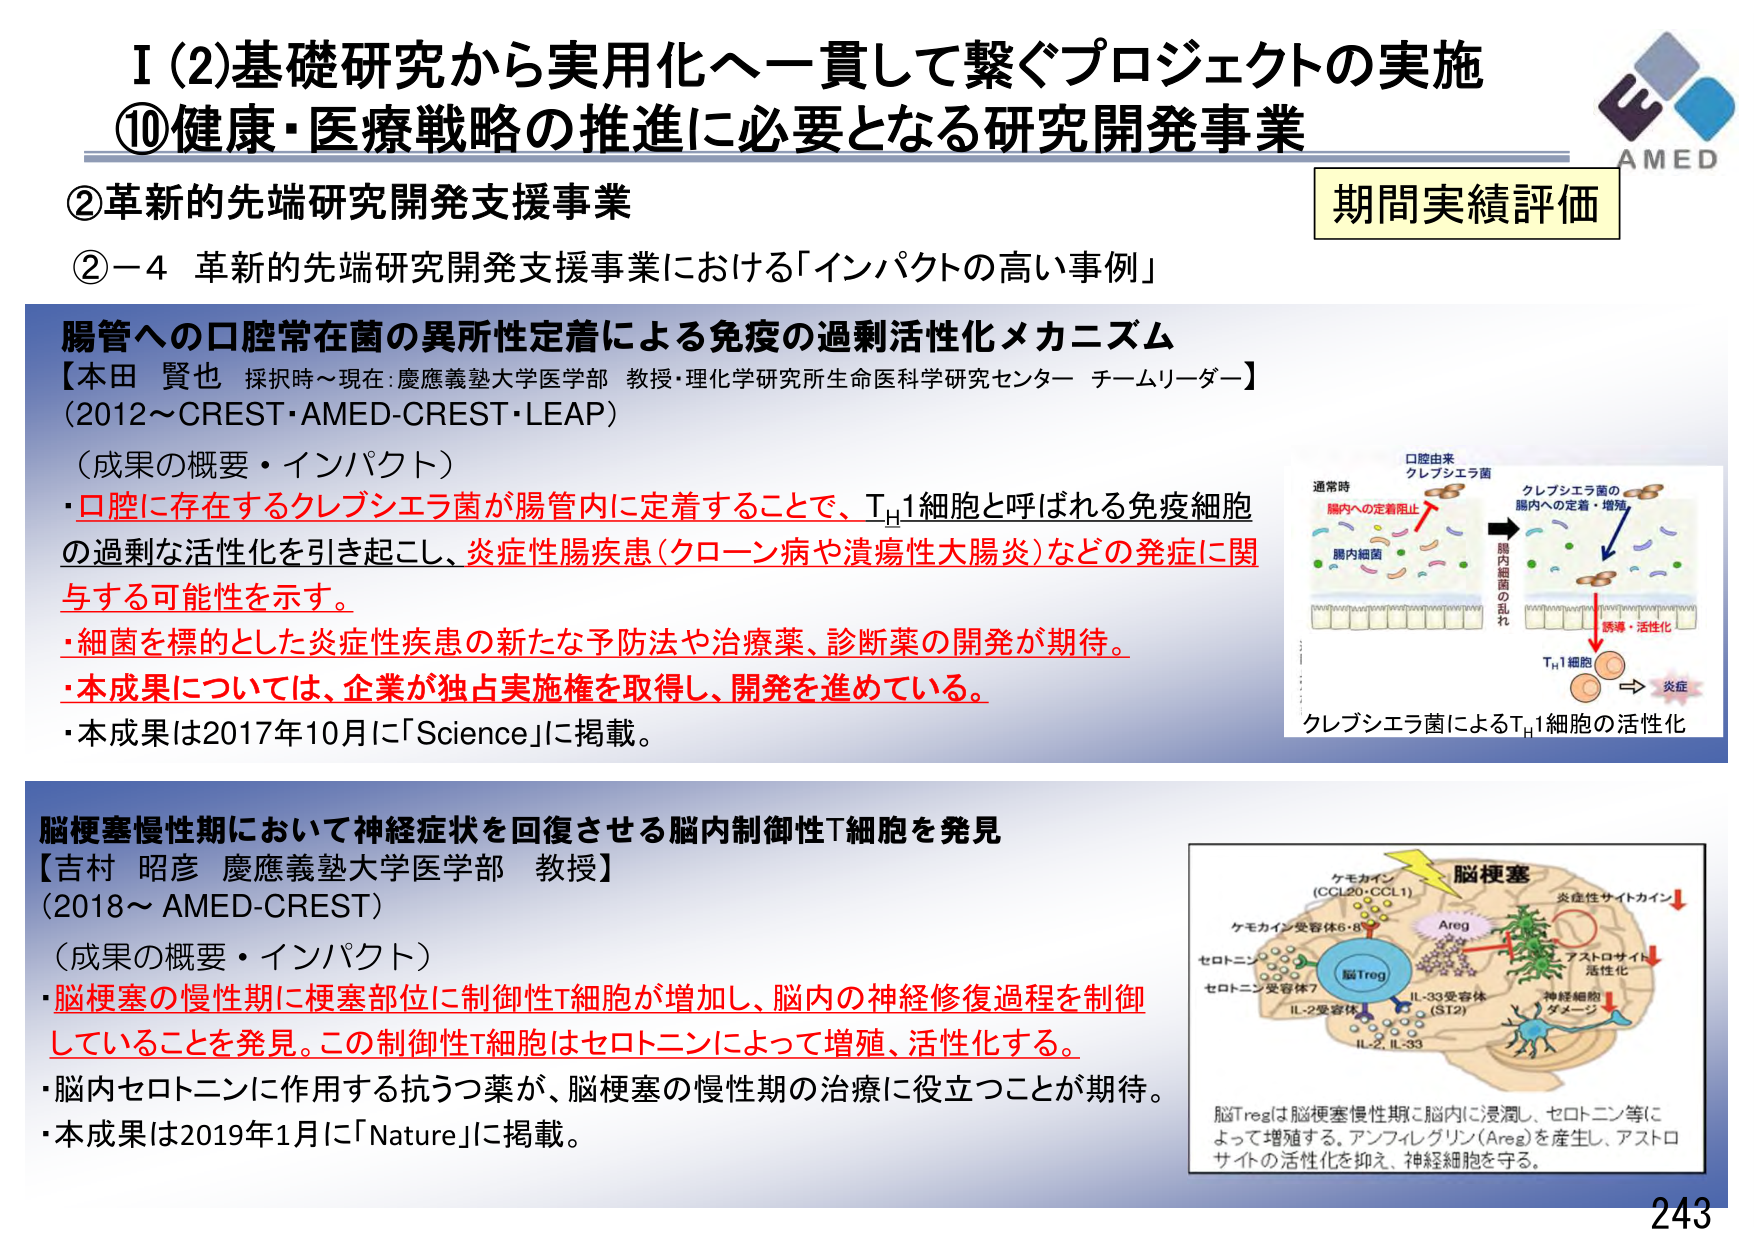
I (2) 基礎研究から実用化へ一貫して繋ぐプロジェクトの実施
⑩ 健康・医療戦略の推進に必要となる研究開発事業

② 革新的先端研究開発支援事業
②－4 革新的先端研究開発支援事業における「インパクトの高い事例」

期間実績評価

腸管への口腔常在菌の異所性定着による免疫の過剰活性化メカニズム
【本田 賢也 採択時～現在：慶應義塾大学医学部 教授・理化学研究所生命医科学研究センター チームリーダー】
(2012～CREST・AMED-CREST・LEAP)

（成果の概要・インパクト）
・口腔に存在するクレブシエラ菌が腸管内に定着することで、T<sub>H</sub>1細胞と呼ばれる免疫細胞の過剰な活性化を引き起こし、炎症性腸疾患（クローン病や潰瘍性大腸炎）などの発症に関与する可能性を示す。
・細菌を標的とした炎症性疾患の新たな予防法や治療薬、診断薬の開発が期待。
・本成果については、企業が独占実施権を取得し、開発を進めている。
・本成果は2017年10月に「Science」に掲載。

通常時
口腔由来
クレブシエラ菌
腸内への定着阻止
腸内細菌

クレブシエラ菌の
腸内への定着・増殖
腸内細菌の乱れ
誘導・活性化
T<sub>H</sub>1細胞
炎症
クレブシエラ菌によるT<sub>H</sub>1細胞の活性化

脳梗塞慢性期において神経症状を回復させる脳内制御性T細胞を発見
【吉村 昭彦 慶應義塾大学医学部 教授】
(2018～ AMED-CREST)

（成果の概要・インパクト）
・脳梗塞の慢性期に梗塞部位に制御性T細胞が増加し、脳内の神経修復過程を制御していることを発見。この制御性T細胞はセロトニンによって増殖、活性化する。
・脳内セロトニンに作用する抗うつ薬が、脳梗塞の慢性期の治療に役立つことが期待。
・本成果は2019年1月に「Nature」に掲載。

ケモカイン
(CCL20・CCL1)
ケモカイン受容体6・8
脳Treg
セロトニン
セロトニン受容体7
IL-2受容体
IL-2, IL-33
IL-33受容体
(S12)
Areg
脳梗塞
炎症性サイトカイン
アストロサイト
活性化
神経細胞
ダメージ
脳Tregは脳梗塞慢性期に脳内に浸潤し、セロトニン等によって増殖する。アンフィレグリン（Areg）を産生し、アストロサイトの活性化を抑え、神経細胞を守る。

AMED
243